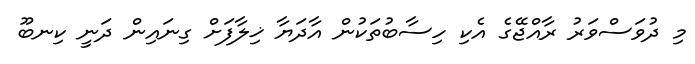
މި ދުވަސްވަރު ރާއްޖޭގެ އެކި ހިސާބުތަކުން އާދަޔާ ޚިލާފަށް ގިނައިން ދަނީ ކިނބޫ